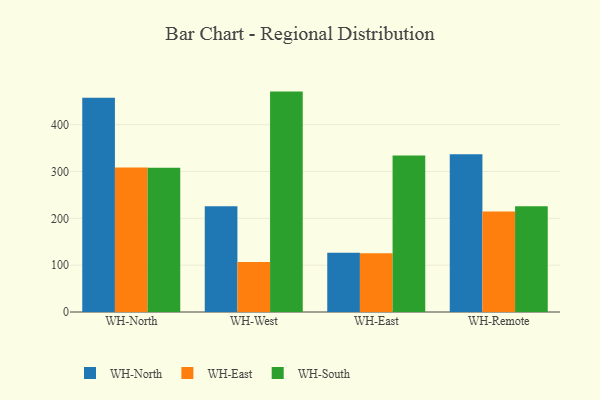
{"axis": {"x": "Warehouse", "y": "Headcount"}, "legend": ["WH-East", "WH-North", "WH-South"], "data": [{"x": "WH-North", "y": 457.5, "type": "WH-North"}, {"x": "WH-North", "y": 308.4, "type": "WH-East"}, {"x": "WH-North", "y": 308.0, "type": "WH-South"}, {"x": "WH-West", "y": 226.0, "type": "WH-North"}, {"x": "WH-West", "y": 106.6, "type": "WH-East"}, {"x": "WH-West", "y": 470.6, "type": "WH-South"}, {"x": "WH-East", "y": 126.7, "type": "WH-North"}, {"x": "WH-East", "y": 125.4, "type": "WH-East"}, {"x": "WH-East", "y": 334.0, "type": "WH-South"}, {"x": "WH-Remote", "y": 337.0, "type": "WH-North"}, {"x": "WH-Remote", "y": 214.5, "type": "WH-East"}, {"x": "WH-Remote", "y": 225.8, "type": "WH-South"}]}